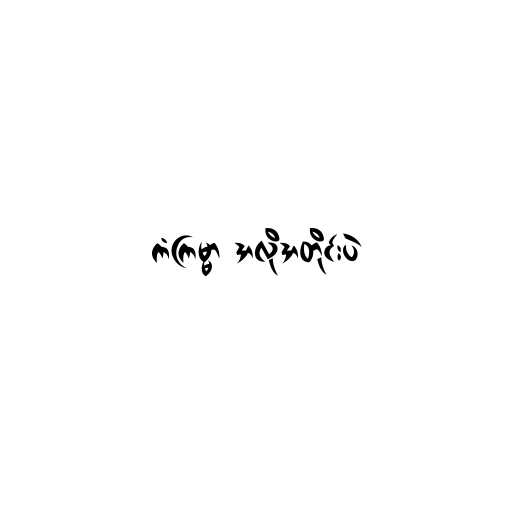
ကံကြမ္မာ အလိုအတိုင်းပဲ